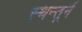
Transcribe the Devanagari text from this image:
स्थन्तर्र्न